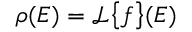
\rho ( E ) = \mathcal { L } \big \{ f \big \} ( E )